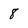
Character: 8